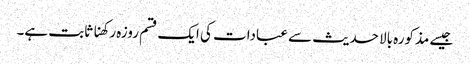
جیسے مذکورہ بالا حدیث سے عبادات کی ایک قسم روزہ رکھنا ثابت ہے۔